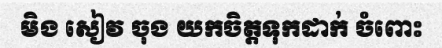
មិង សៀវ ចុង យកចិត្តទុកដាក់ ចំពោះ